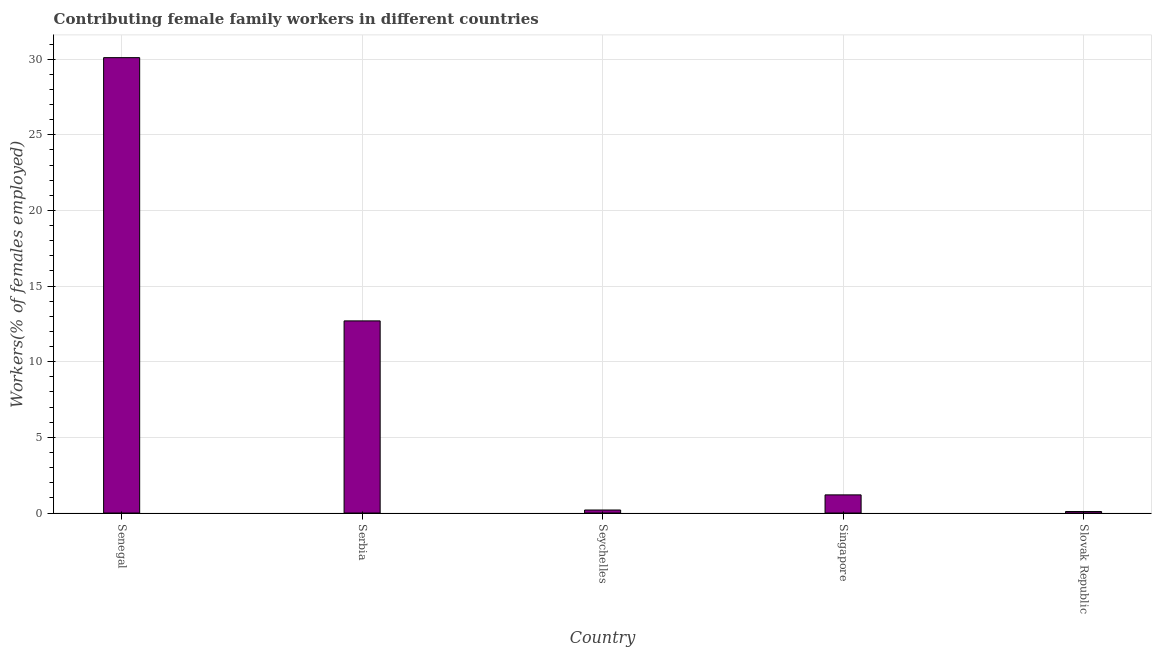
| Country | Contributing family workers |
 | --- | --- |
 | Senegal | 30.1 |
 | Serbia | 12.7 |
 | Seychelles | 0.2 |
 | Singapore | 1.2 |
 | Slovak Republic | 0.1 |